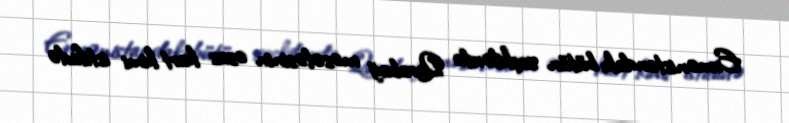
Ermənistandakı bütün seçkilərdə Qarabağ məsələsinin əsas kart kimi istifadə